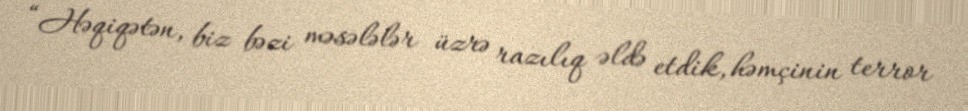
“Həqiqətən, biz bəzi məsələlər üzrə razılıq əldə etdik, həmçinin terror